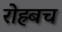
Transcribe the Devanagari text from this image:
रोह्र्बच